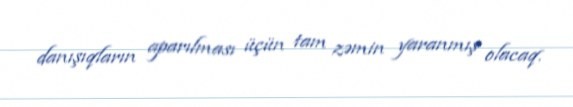
danışıqların aparılması üçün tam zəmin yaranmış olacaq.